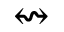
\leftrightsquigarrow